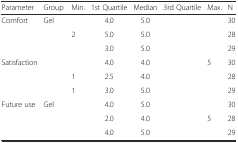
<table><thead><tr><td><b>Parameter</b></td><td><b>Group</b></td><td><b>Min.</b></td><td><b>1st Quartile</b></td><td><b>Median</b></td><td><b>3rd Quartile</b></td><td><b>Max.</b></td><td><b>N</b></td></tr></thead><tbody><tr><td>Comfort</td><td>Gel</td><td>[EMPTY_CELL]</td><td>4.0</td><td>5.0</td><td>[EMPTY_CELL]</td><td>[EMPTY_CELL]</td><td>30</td></tr><tr><td>[EMPTY_CELL]</td><td>[EMPTY_CELL]</td><td>2</td><td>5.0</td><td>5.0</td><td>[EMPTY_CELL]</td><td>[EMPTY_CELL]</td><td>28</td></tr><tr><td>[EMPTY_CELL]</td><td>[EMPTY_CELL]</td><td>[EMPTY_CELL]</td><td>3.0</td><td>5.0</td><td>[EMPTY_CELL]</td><td>[EMPTY_CELL]</td><td>29</td></tr><tr><td>Satisfaction</td><td>[EMPTY_CELL]</td><td>[EMPTY_CELL]</td><td>4.0</td><td>4.0</td><td>[EMPTY_CELL]</td><td>5</td><td>30</td></tr><tr><td>[EMPTY_CELL]</td><td>[EMPTY_CELL]</td><td>1</td><td>2.5</td><td>4.0</td><td>[EMPTY_CELL]</td><td>[EMPTY_CELL]</td><td>28</td></tr><tr><td>[EMPTY_CELL]</td><td>[EMPTY_CELL]</td><td>1</td><td>3.0</td><td>5.0</td><td>[EMPTY_CELL]</td><td>[EMPTY_CELL]</td><td>29</td></tr><tr><td>Future use</td><td>Gel</td><td>[EMPTY_CELL]</td><td>4.0</td><td>5.0</td><td>[EMPTY_CELL]</td><td>[EMPTY_CELL]</td><td>30</td></tr><tr><td>[EMPTY_CELL]</td><td>[EMPTY_CELL]</td><td>[EMPTY_CELL]</td><td>2.0</td><td>4.0</td><td>[EMPTY_CELL]</td><td>5</td><td>28</td></tr><tr><td>[EMPTY_CELL]</td><td>[EMPTY_CELL]</td><td>[EMPTY_CELL]</td><td>4.0</td><td>5.0</td><td>[EMPTY_CELL]</td><td>[EMPTY_CELL]</td><td>29</td></tr></tbody></table>